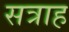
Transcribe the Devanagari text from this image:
सत्राह